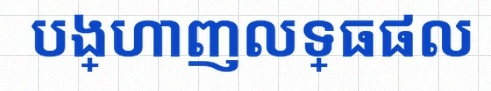
បង្ហាញលទ្ធផល